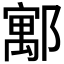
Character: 𮠈